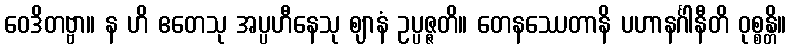
ဝေဒိတဗ္ဗာ။ န ဟိ ဧတေသု အပ္ပဟီနေသု ဈာနံ ဥပ္ပဇ္ဇတိ။ တေနဿေတာနိ ပဟာနင်္ဂါနီတိ ဝုစ္စန္တိ။